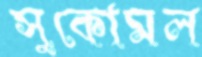
সুকোমল